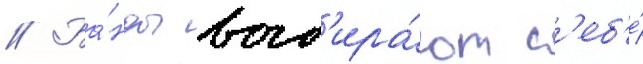
// Ба́нды выб'ира́ют с'еб'е́